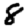
Digit: 8